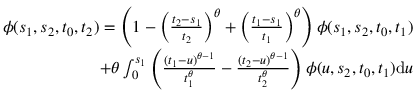
\begin{array} { r } { \phi ( s _ { 1 } , s _ { 2 } , t _ { 0 } , t _ { 2 } ) = \left( 1 - \left( \frac { t _ { 2 } - s _ { 1 } } { t _ { 2 } } \right) ^ { \theta } + \left( \frac { t _ { 1 } - s _ { 1 } } { t _ { 1 } } \right) ^ { \theta } \right) \phi ( s _ { 1 } , s _ { 2 } , t _ { 0 } , t _ { 1 } ) } \\ { + \theta \int _ { 0 } ^ { s _ { 1 } } \left( \frac { ( t _ { 1 } - u ) ^ { \theta - 1 } } { t _ { 1 } ^ { \theta } } - \frac { ( t _ { 2 } - u ) ^ { \theta - 1 } } { t _ { 2 } ^ { \theta } } \right) \phi ( u , s _ { 2 } , t _ { 0 } , t _ { 1 } ) \mathrm { d } u } \end{array}